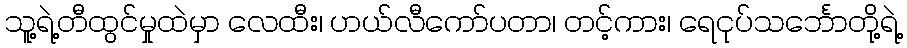
သူ့ရဲ့တီထွင်မှုထဲမှာ လေထီး၊ ဟယ်လီကော်ပတာ၊ တင့်ကား၊ ရေငုပ်သင်္ဘောတို့ရဲ့